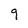
Character: 9